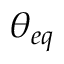
{ \theta _ { e q } }